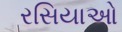
રસિયાઓ